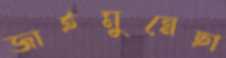
জাইমুন্নেছা